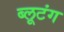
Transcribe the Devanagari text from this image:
ब्लूटंग